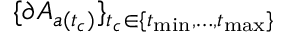
\{ \partial A _ { a ( t _ { c } ) } \} _ { t _ { c } \in \{ t _ { \operatorname* { m i n } } , \dots , t _ { \operatorname* { m a x } } \} }